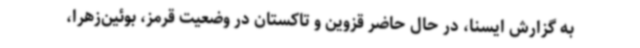
به گزارش ایسنا، در حال حاضر قزوین و تاکستان در وضعیت قرمز، بوئین‌زهرا،